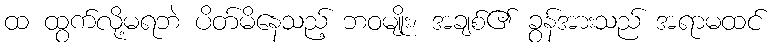
ထ ထွက်လို့မရဘဲ ပိတ်မိနေသည့် ဘဝမျိုး၊ အချစ်၏ ခွန်အားသည် အရာမထင်